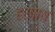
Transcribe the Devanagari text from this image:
हर्षाय